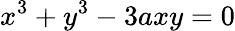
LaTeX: x^{3}+y^{3}-3axy=0